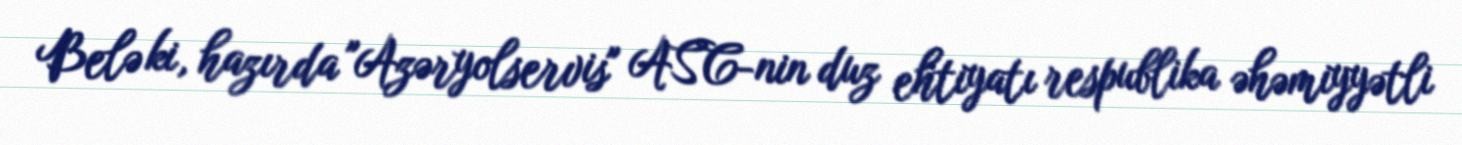
Belə ki, hazırda "Azəryolservis" ASC-nin duz ehtiyatı respublika əhəmiyyətli